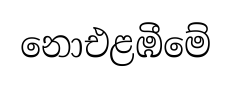
නොඑළඹීමේ